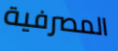
المصرفية